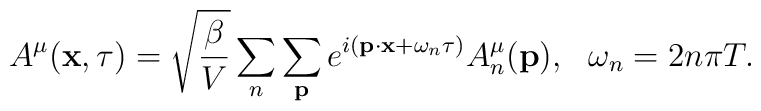
A^{\mu}({\bf x}, \tau) = \sqrt{\frac{\beta}{V}}     \sum_n \sum_{{\bf p}} e^{ i({\bf p}\cdot {\bf x} +\omega_n\tau) }     A_n^{\mu}({\bf p}), \ \ \omega_n = 2n\pi T.